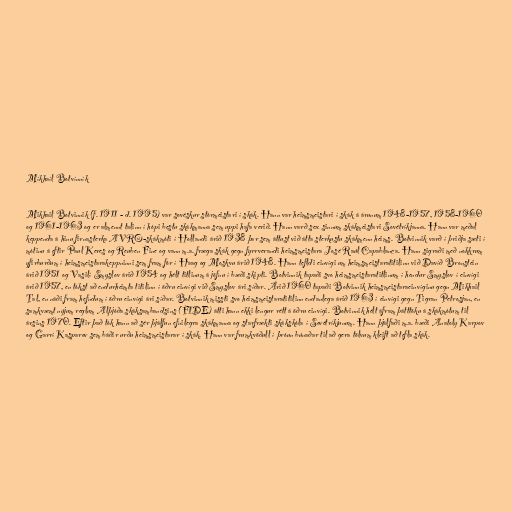
Míkhaíl Botvínník

Mikhail Botvinnik (f. 1911 - d. 1995) var sovéskur stórmeistari í skák. Hann var heimsmeistari í skák á árunum 1948-1957, 1958-1960
og 1961-1963 og er almennt talinn í hópi bestu skákmanna sem uppi hafa verið. Hann varð sex sinnum skákmeistari Sovétríkjanna. Hann var meðal
keppenda á hinu firnasterka AVRO-skákmóti í Hollandi árið 1938 þar sem áttust við átta sterkustu skákmenn heims. Botvinnik varð í þriðja sæti í
mótinu á eftir Paul Keres og Reuben Fine og vann m.a. fræga skák gegn fyrrverandi heimsmeistara José Raúl Capablanca. Hann sigraði með nokkrum
yfirburðum í heimsmeistarakeppninni sem fram fór í Haag og Moskvu árið 1948. Hann tefldi einvígi um heimsmeistaratitilinn við Davíð Bronstein
árið 1951 og Vasilí Smyslov árið 1954 og hélt titlinum á jöfnu í bæði skipti. Botvinnik tapaði svo heimsmeistaratitlinum í hendur Smyslov í einvígi
árið 1957, en tókst að endurheimta titilinn í öðru einvígi við Smyslov ári síðar. Árið 1960 tapaði Botvinnik heimsmeistaraeinvíginu gegn Mikhail
Tal, en náði fram hefndum í öðru einvígi ári síðar. Botvinnik missti svo heimsmeistaratitilinn endanlega árið 1963 í einvígi gegn Tigran Petrosjan, en
samkvæmt nýjum reglum Alþjóða skáksambandsins (FIDE) átti hann ekki lengur rétt á öðru einvígi. Botvinnik hélt áfram þátttöku á skákmótum til
ársins 1970. Eftir það tók hann að sér þjálfun efnilegra skákmanna og starfrækti skákskóla í Sovétríkjunum. Hann þjálfaði m.a. bæði Anatoly Karpov
og Garrí Kasparov sem báðir urðu heimsmeistarar í skák. Hann var frumkvöðull í þróun búnaðar til að gera tölvum kleift að tefla skák.